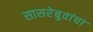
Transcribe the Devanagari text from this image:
सासरेबुवांचा